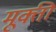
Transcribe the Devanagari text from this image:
मूक्ती